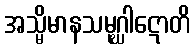
အသ္မိမာနသမုဂ္ဃါဋောတိ